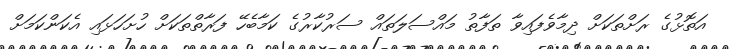
އަތޮޅުގެ ރަށްތަކަށް ދިމާވެފައިވާ ތަފާތު މައްސަލަތައް ސަރުކާރުގެ ކަމާބެހޭ ފަރާތްތަކަށް ހުށަހަޅައި އެކަންކަމަށް